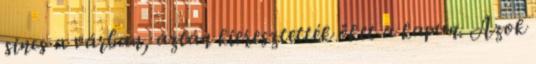
sincs a várban, aztán kieresztették őket a kapun. Azok